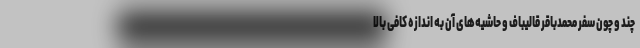
چند و چون سفر محمدباقر قالیباف و حاشیه‌های آن به اندازه کافی بالا